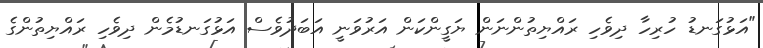
"އަޅުގަނޑު ހުރިހާ ދިވެހި ރައްޔިތުންނަން ޔަގީންކަން އަރުވަނީ އަބަދުވެސް އަޅުގަނޑުމެން ދިވެހި ރައްޔިތުންގެ